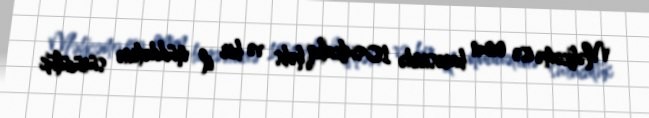
Məhkəmə isə onun barəsində 10 sutkalıq həbs və bir il müddətinə sürücülük